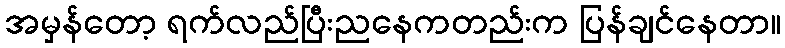
အမှန်တော့ ရက်လည်ပြီးညနေကတည်းက ပြန်ချင်နေတာ။